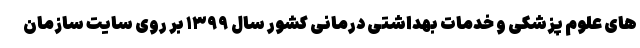
های علوم پزشکی و خدمات بهداشتی درمانی کشور سال ۱۳۹۹ بر روی سایت سازمان